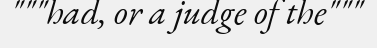
"""had, or a judge of the"""